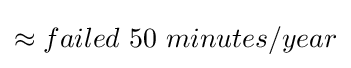
\approx failed\ 50\ minutes/year